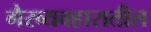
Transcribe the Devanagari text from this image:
गैरव्यवहारातील